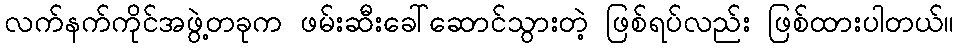
လက်နက်ကိုင်အဖွဲ့တခုက ဖမ်းဆီးခေါ်ဆောင်သွားတဲ့ ဖြစ်ရပ်လည်း ဖြစ်ထားပါတယ်။